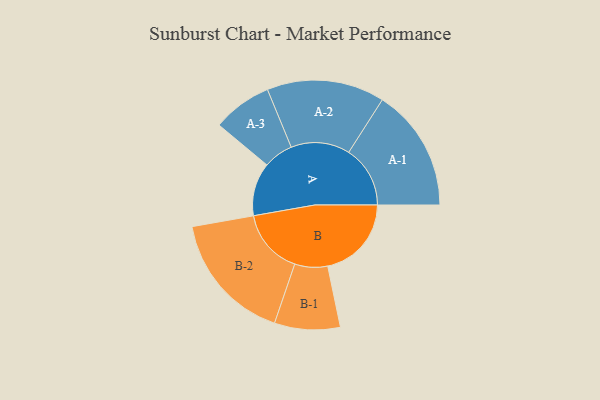
{"axis": {"x": "Segment", "y": "Value"}, "legend": ["", "A", "B"], "data": [{"x": "A", "y": 227, "type": ""}, {"x": "B", "y": 357, "type": ""}, {"x": "A-1", "y": 262, "type": "A"}, {"x": "A-2", "y": 251, "type": "A"}, {"x": "A-3", "y": 127, "type": "A"}, {"x": "B-1", "y": 140, "type": "B"}, {"x": "B-2", "y": 279, "type": "B"}]}